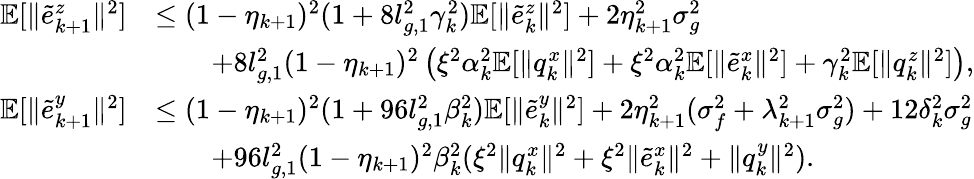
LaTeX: \begin{array}{rl}{\mathbb{E}[\| \tilde{e}_{k+1}^{z}\| ^{2}]}&{\le(1-\eta_{k+1})^{2}(1+8l_{g,1}^{2}\gamma_{k}^{2})\mathbb{E}[\| \tilde{e}_{k}^{z}\| ^{2}]+2\eta_{k+1}^{2}\sigma_{g}^{2}}\\ &{\qquad+8l_{g,1}^{2}(1-\eta_{k+1})^{2}\left(\xi^{2}\alpha_{k}^{2}\mathbb{E}[\| q_{k}^{x}\| ^{2}]+\xi^{2}\alpha_{k}^{2}\mathbb{E}[\| \tilde{e}_{k}^{x}\| ^{2}]+\gamma_{k}^{2}\mathbb{E}[\| q_{k}^{z}\| ^{2}]\right),}\\ {\mathbb{E}[\| \tilde{e}_{k+1}^{y}\| ^{2}]}&{\le(1-\eta_{k+1})^{2}(1+96l_{g,1}^{2}\beta_{k}^{2})\mathbb{E}[\| \tilde{e}_{k}^{y}\| ^{2}]+2\eta_{k+1}^{2}(\sigma_{f}^{2}+\lambda_{k+1}^{2}\sigma_{g}^{2})+12\delta_{k}^{2}\sigma_{g}^{2}}\\ &{\qquad+96l_{g,1}^{2}(1-\eta_{k+1})^{2}\beta_{k}^{2}(\xi^{2}\| q_{k}^{x}\| ^{2}+\xi^{2}\| \tilde{e}_{k}^{x}\| ^{2}+\| q_{k}^{y}\| ^{2}).}\end{array}